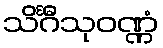
သိင်္ဂီသုဝဏ္ဏံ